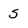
Character: s